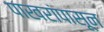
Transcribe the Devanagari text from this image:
पाखरांपासून